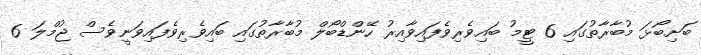
ބަށިބޯޅަ މުބާރާތުގައި 6 ޓީމު ބައިވެރިވެފައިވާއިރު ހޭންޑްބޯލް މުބާރާތުގައި ބައިވެރިވެފައިވަނީވެސް ޖުމްލަ 6